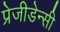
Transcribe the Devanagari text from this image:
प्रेजीडेन्सी